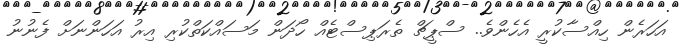
އަހަރެން ހިއްސާކުރީ އެހެންވެ.. ސްޕީޗް ތެރަޕިސްޓެއް ހޯދަން މަސައްކަތްކުރި އިރު އަހަންނަށް ފެނުނު